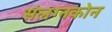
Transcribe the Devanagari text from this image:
संलग्नकोन